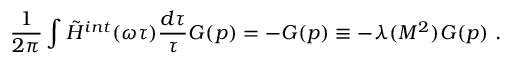
\frac { 1 } { 2 \pi } \int \tilde { H } ^ { i n t } ( \omega \tau ) \frac { d \tau } { \tau } { \cal G } ( p ) = - { \cal G } ( p ) \equiv - \lambda ( M ^ { 2 } ) { \cal G } ( p ) \ .